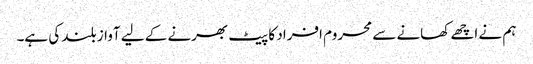
ہم نے اچھے کھانے سے محروم افراد کا پیٹ بھرنے کے لیے آواز بلند کی ہے۔